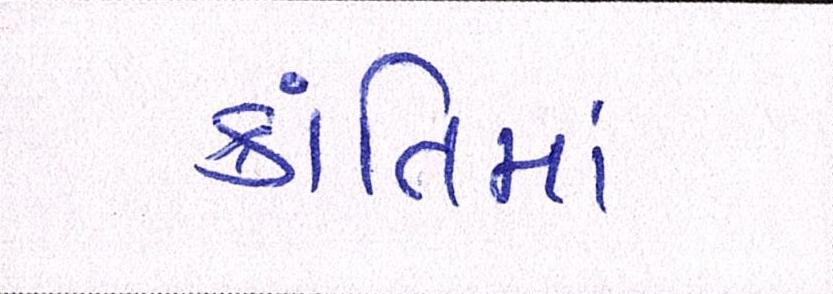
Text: ક્રાંતિમાં